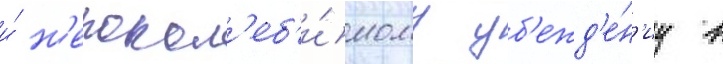
и́ н'епокол'еб'и́мому уб'ежд'е́н'иу в